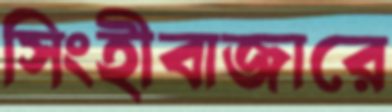
সিংহীবাজারে